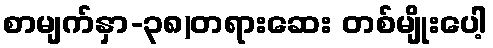
စာမျက်နှာ-၃၈)တရားဆေး တစ်မျိုးပေါ့